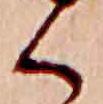
く